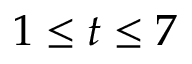
1 \leq t \leq 7